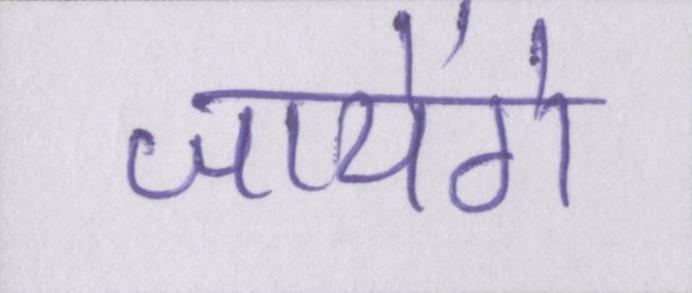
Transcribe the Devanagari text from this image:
जायेंगे